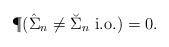
LaTeX: \begin{align*} \P(\hat\Sigma_n\neq \breve \Sigma_n \ \textup{i.o.})=0.\end{align*}